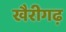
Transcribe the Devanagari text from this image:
खैरीगढ़